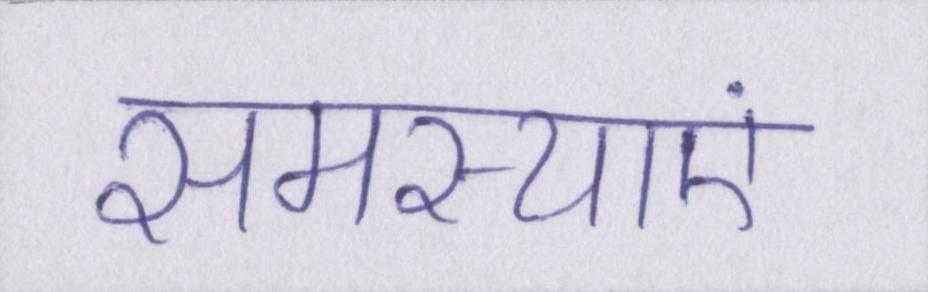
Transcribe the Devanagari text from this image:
समस्याएं